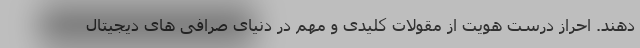
دهند. احراز درست هویت از مقولات کلیدی و مهم در دنیای صرافی های دیجیتال